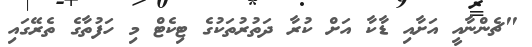
"ޗެންނާއީ އަށާއި ޑާކާ އަށް ކުރާ ދަތުރުތަކުގެ ޓިކެޓް މި ހަފުތާގެ ތެރޭގައި